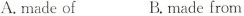
A. made of B.made from